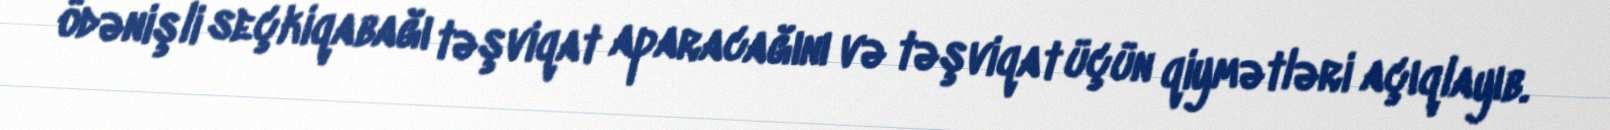
ödənişli seçkiqabağı təşviqat aparacağını və təşviqat üçün qiymətləri açıqlayıb.